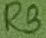
Text: R3